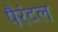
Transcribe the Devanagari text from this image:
पैरंटल